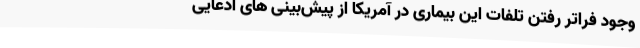
وجود فراتر رفتن تلفات این بیماری در آمریکا از پیش‌بینی های ادعایی